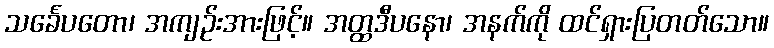
သင်္ခေပတော၊ အကျဉ်းအားဖြင့်။ အတ္ထဒီပနော၊ အနက်ကို ထင်ရှားပြတတ်သော။